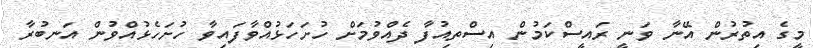
މީގެ އިތުރުން އޭނާ ވަނީ ރައީސްކަމުން އިސްތިއުފާ ދެއްވުމަށް ހުށަހަޅުއްވާފައިވާ ހުށަހެޅުއްވުން އަނބުރާ